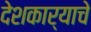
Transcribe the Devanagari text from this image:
देशकार्याचे